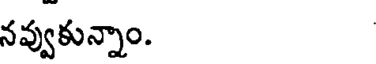
నవ్వుకున్నాం.